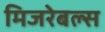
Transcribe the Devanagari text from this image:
मिजरेबल्स